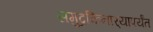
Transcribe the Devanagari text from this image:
समुद्रकिनार्‍यापर्यंत